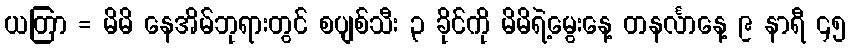
ယတြာ = မိမိ နေအိမ်ဘုရားတွင် စပျစ်သီး ၃ ခိုင်ကို မိမိရဲ့မွေးနေ့ တနင်္လာနေ့ ၉ နာရီ ၄၅